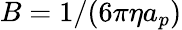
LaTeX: B=1/(6\pi\eta a_{p})